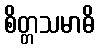
စိတ္တသမာဓိ